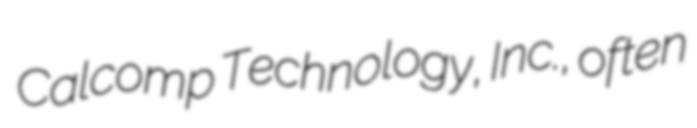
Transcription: Calcomp Technology, Inc., often